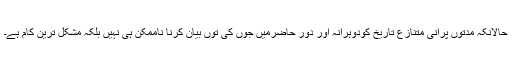
حالانکہ مدتوں پرانی متنازع تاریخ کودوہرانہ اور دورِ حاضرمیں جوں کی توں بیان کرنا ناممکن ہی نہیں بلکہ مشکل ترین کام ہے۔